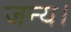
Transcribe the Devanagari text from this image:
जन्य।